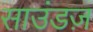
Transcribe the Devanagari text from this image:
साउंडज़